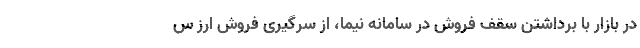
در بازار با برداشتن سقف فروش در سامانه نیما، از سرگیری فروش ارز س